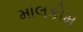
માલકોમ